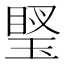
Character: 𤧩